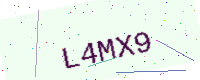
Text: L4MX9